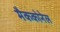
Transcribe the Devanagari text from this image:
मैककोनेल